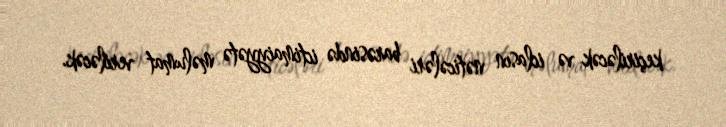
keçiriləcək və iclasın nəticələri barəsində ictimaiyyətə məlumat veriləcək.